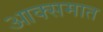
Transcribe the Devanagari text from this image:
आक्समात